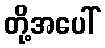
တို့အပေါ်